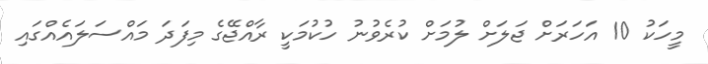
މީހަކު 10 އަހަރަށް ޖަލަށް ލުމަށް ކުރެވުނު ހުކުމަކީ ރާއްޖޭގެ މިފަދަ މައްސަލައެއްގައި